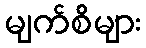
မျက်စိများ